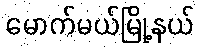
မောက်မယ်မြို့နယ်